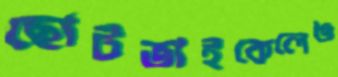
ছোটভাইকেলেঙ